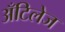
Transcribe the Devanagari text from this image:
अँटिलेज